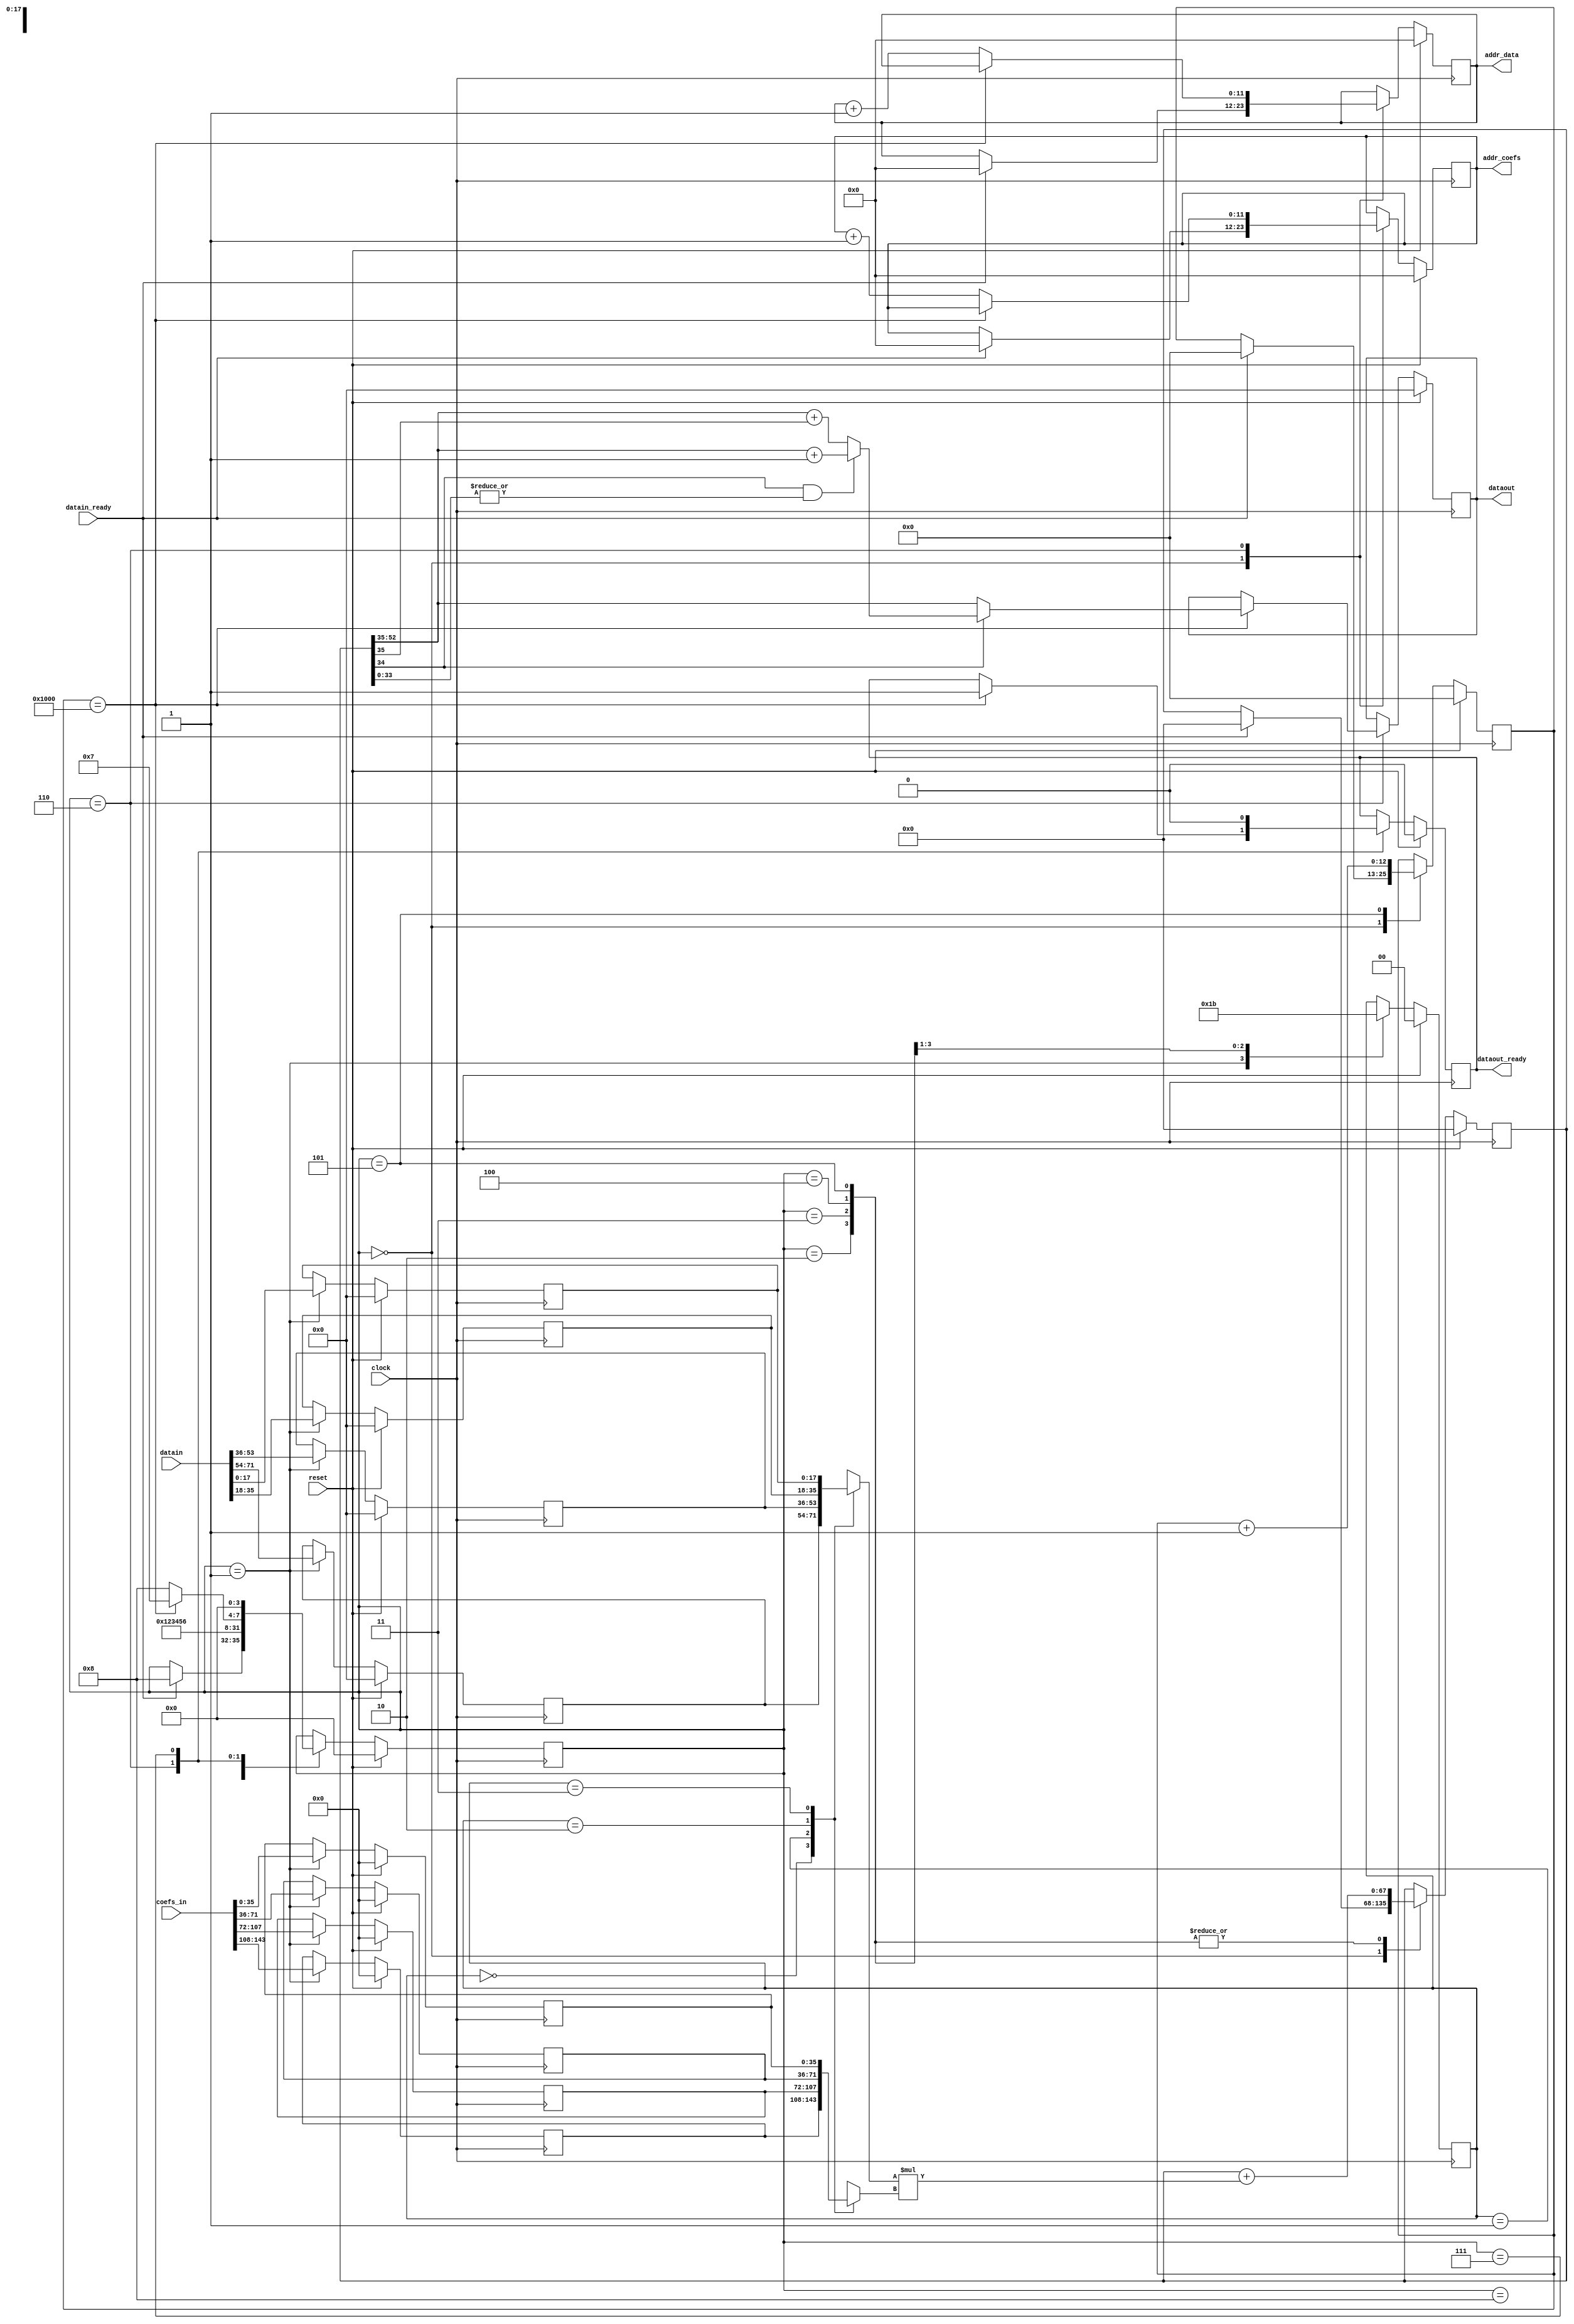
`timescale 1ns/1ps

module FIR (
               clock,
               reset,
			   datain_ready,   // data in ready, used to start calculation of the FIR
			   addr_coefs,     // address for the coefficient memory
			   coefs_in,       // the 4 coefficients ready from memory
			   addr_data,      // address for the circular buffer
			   datain,         // data read from the circular buffer
			   dataout,        // output data
			   dataout_ready   // pulse high when dataout is ready
		       );
			   
input clock, reset;
input datain_ready;
output [11:0] addr_coefs;
input [143:0] coefs_in;
output [11:0] addr_data;
input  [71:0] datain;
output [17:0] dataout;
output        dataout_ready;

reg    [11:0] addr_coefs;
reg    [11:0] addr_data;
reg    [17:0] dataout;
reg           dataout_ready;

// Aditional registers:
reg  [3:0] state;           // FSM state
reg [12:0] count_samples;   // counts cycles of the main FSM (# of samples / 4 )
reg  [1:0] mac_sel;         // selector fo the MAC operands
reg signed [67:0] mac_out;         // the output of the MAC unit
reg signed [67:0] temp_output;     // temporay accumulator register
reg signed [17:0] data_0, data_1, data_2, data_3;
reg signed [35:0] coef_0, coef_1, coef_2, coef_3;
reg signed [35:0] round_temp_out;

// FSM states
parameter   IDLE = 3'd0,
            READ_MEMORY_DATA = 3'd1,
			MAC_0 = 3'd2,
			MAC_1 = 3'd3,
			MAC_2 = 3'd4,
			MAC_3 = 3'd5,
			UPDATE_ADDRESS = 3'd6,
			TERMINATE = 3'd7,
			WAIT_READ_MEMORY_DATA = 4'd8;

// This implementation uses only one multiply-accumulate (MAC) block and performs
// a single MAC operation per clock cycle, thus NOT MEETING the 48kHz input/output rate spec.
always @(posedge clock)
begin
  if ( reset )
  begin
    state <= IDLE;
	addr_coefs <= 14'd0;
	addr_data <= 12'd0;
	dataout <= 17'd0;
	dataout_ready <= 1'b0;
	count_samples <= 13'd0;
	mac_sel <= 2'b00;
	temp_output <= 68'd0;
	data_0 <= 18'd0;
	data_1 <= 18'd0;
	data_2 <= 18'd0;
	data_3 <= 18'd0;
	coef_0 <= 36'd0;
	coef_1 <= 36'd0;
	coef_2 <= 36'd0;
	coef_3 <= 36'd0;
  end
  else
  begin
    case( state )
	  IDLE: 
	        begin
	          if ( datain_ready ) // new sample arrived, start calculation of output sample:
			  begin
			    addr_coefs <= 12'd0;
	            addr_data <= 12'd0;
			    count_samples <= 13'd0;
				temp_output <= 68'd0;
			    state <= WAIT_READ_MEMORY_DATA;
			  end
	        end
			
	  WAIT_READ_MEMORY_DATA:
	        state <= READ_MEMORY_DATA;
			
	  READ_MEMORY_DATA:
	        begin
			  // Read 4 past data samples from the circular buffer (current address)
			  data_0 <= datain[71:54]; // newest data sample
			  data_1 <= datain[53:36];
			  data_2 <= datain[35:18];
			  data_3 <= datain[17:0];  // oldest data sample
			  
			  // Read 4 coefficients from the coefficients memory
			  coef_0 <= coefs_in[143:108];
			  coef_1 <= coefs_in[107:72];
			  coef_2 <= coefs_in[71:36];
			  coef_3 <= coefs_in[35:0];
			  
			  mac_sel <= 2'b00;
			  state <= MAC_0;
			end
		
      // Calculate the multiply-accumulate operations; see below the combinational
      // process that produces mac_out	  
	  MAC_0:
	        begin
			  temp_output <= mac_out;
			  mac_sel <= 2'b01;
			  state <= MAC_1;
			end
	  
	  MAC_1:
	        begin
			  temp_output <= mac_out;
			  mac_sel <= 2'b10;
			  state <= MAC_2;
			end
	  
	  MAC_2:
	        begin
			  temp_output <= mac_out;
			  mac_sel <= 2'b11;
			  state <= MAC_3;
			end
	  
	  MAC_3:
	        begin
			  temp_output <= mac_out;
			  count_samples <= count_samples + 1; // 
			  state <= UPDATE_ADDRESS;
			end

      UPDATE_ADDRESS:
            begin
			  if ( count_samples == 4096 ) // did last set, output result and terminate
			  begin
			    dataout <= round_temp_out;
				dataout_ready <= 1'b1;         // assert dataout ready
			    state <= TERMINATE;
			  end
			  else
			  begin
			    addr_coefs <= addr_coefs + 1;  // update address of coefficient memory
	            addr_data <= addr_data + 1;	   // update address of circular buffer
                state <= WAIT_READ_MEMORY_DATA;				
			  end
            end			

      TERMINATE:
            begin
			  dataout_ready <= 1'b0;          // deassert dataout ready, goto state IDLE waiting for new sample
			  state <= IDLE;
            end

	endcase
  end
end


// The multiply-accumulate unit:
reg signed [17:0] A_mac;
reg signed [35:0] B_mac;

always @*
begin
  // input MAC multiplexer:
  case ( mac_sel )
    2'b00: begin
	         A_mac = data_0;
	         B_mac = coef_0;
		   end
    2'b01: begin
	         A_mac = data_1;
	         B_mac = coef_1;
		   end
    2'b10: begin
	         A_mac = data_2;
	         B_mac = coef_2;
		   end
    2'b11: begin
	         A_mac = data_3;
	         B_mac = coef_3;
		   end
  endcase
  // The MAC unit:
  mac_out = temp_output + A_mac * B_mac;
end

// Discard the 35 LSbits (the fractional part of the result and round output
// we assume the filter gain will not exceed 1,
// so the 14 MSbits can be ignored or tested for overflow
always @*
begin
  if ( ~temp_output[34] )
    round_temp_out = temp_output[35+18:35];
  else	
    if ( temp_output[34] & ( | temp_output[33:0] ) )    // round up:
      round_temp_out = temp_output[35+18:35] + 1;  
    else
	  round_temp_out = temp_output[35+18:35] + temp_output[35];  
end

endmodule